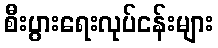
စီးပွားရေးလုပ်ငန်းများ